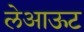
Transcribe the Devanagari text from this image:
लेअाऊट